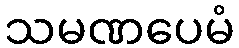
သမဏပေမံ